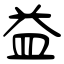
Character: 益